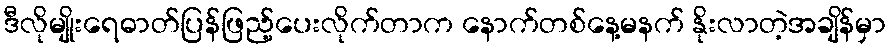
ဒီလိုမျိုးရေဓာတ်ပြန်ဖြည့်ပေးလိုက်တာက နောက်တစ်နေ့မနက် နိုးလာတဲ့အချိန်မှာ